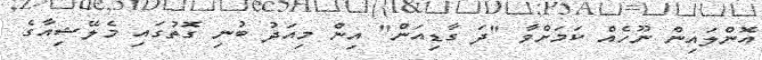
އޮންލައިން ނޫހެއް ކަމަށްވާ "ދަ ގާޑިއަން" އިން މިއަދު ބުނި ގޮތުގައި މެލޭޝިއާގެ